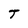
Character: T